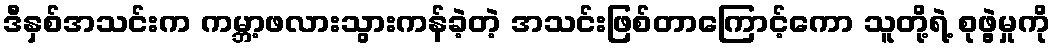
ဒီနှစ်အသင်းက ကမ္ဘာ့ဖလားသွားကန်ခဲ့တဲ့ အသင်းဖြစ်တာကြောင့်ကော သူတို့ရဲ့ စုဖွဲ့မှုကို